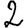
Digit: 2